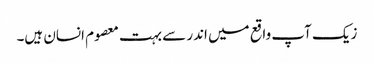
زیک آپ واقع میں اندر سے بہت معصوم انسان ہیں۔